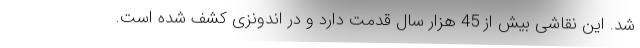
شد. این نقاشی بیش از 45 هزار سال قدمت دارد و در اندونزی کشف شده است.